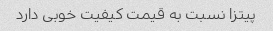
پیتزا نسبت به قیمت کیفیت خوبی دارد